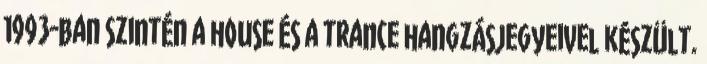
1993-ban szintén a house és a trance hangzásjegyeivel készült.